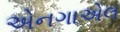
એનગાએલ